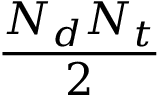
\frac { N _ { d } N _ { t } } { 2 }